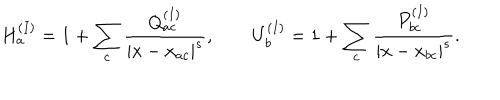
H _ { a } ^ { ( I ) } = 1 + \sum _ { c } \frac { Q _ { a c } ^ { ( I ) } } { | x - x _ { a c } | ^ { s } } , \qquad U _ { b } ^ { ( I ) } = 1 + \sum _ { c } \frac { P _ { b c } ^ { ( I ) } } { | x - x _ { b c } | ^ { s } } .